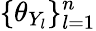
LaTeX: \{ \theta_{Y_{l}}\} _{l=1}^{n}